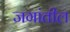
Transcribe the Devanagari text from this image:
जगांतील